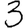
Digit: 3